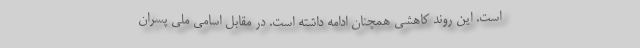
است. این روند کاهشی همچنان ادامه داشته است. در مقابل اسامی ملی پسران